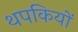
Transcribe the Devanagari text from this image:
थपकियों